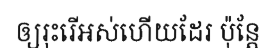
ឲ្យរុះរើអស់ហើយដែរ ប៉ុន្តែ